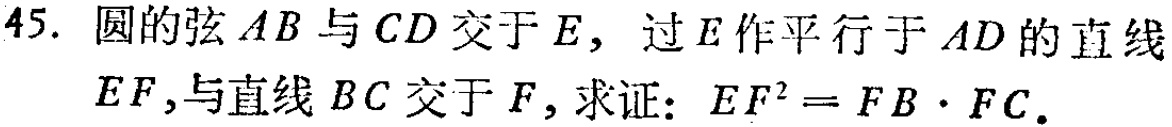
45. 圆的弦\(AB\)与\(CD\)交于\(E\)，过\(E\)作平行于\(AD\)的直线\(EF\)，与直线\(BC\)交于\(F\)，求证：\(EF^{2}=FB\cdot FC\)。